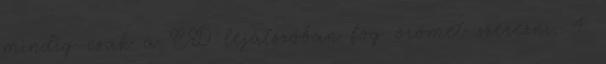
mindig csak a CD lejátszóban fog örömet szerezni. 4.